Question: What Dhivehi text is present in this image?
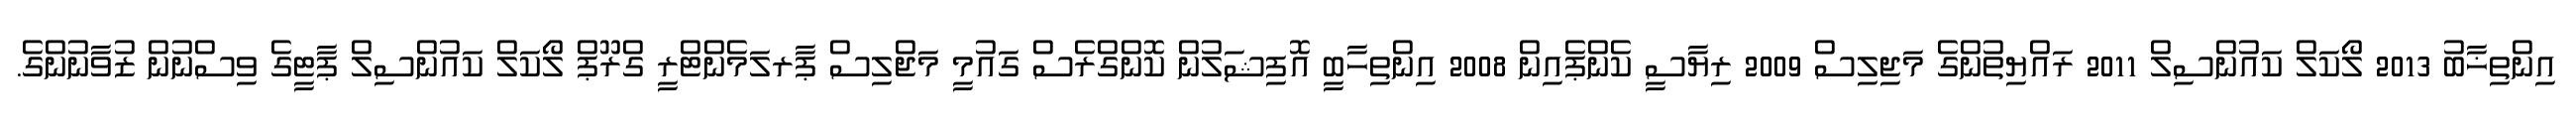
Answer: އިންތިޚާބު 2013 ލޯކަލް ކައުންސިލް 2011 ރައްޔިތުންގެ މަޖިލިސް 2009 ރިޔާސީ ކެންޕެއިން 2008 އިންތިހާބީ އޮފިޝަލުން ކޮންގްރެސް ގައުމީ މަޖްލިސް ޕާރލަމެންޓްރީ ގްރޫޕް ލޯކަލް ކައުންސިލް ޕާޓީގެ ވިސްނުން ޒުވާނުންގެ.